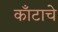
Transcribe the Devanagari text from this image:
काँटाचे